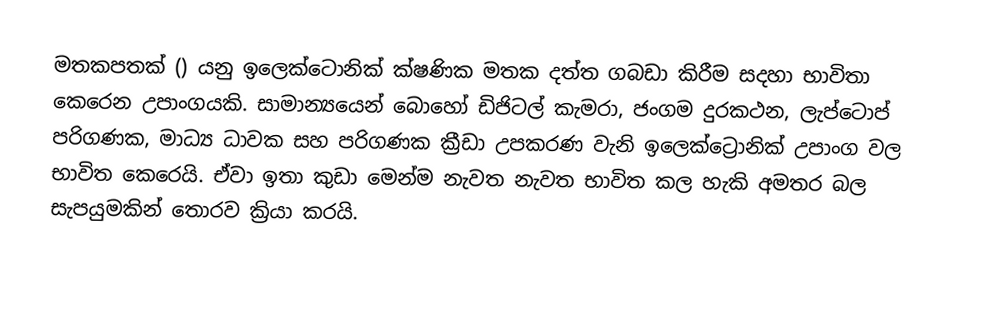
මතකපතක් () යනු ඉලෙක්ටොනික් ක්ෂණික මතක දත්ත ගබඩා කිරීම සදහා භාවිතා කෙරෙන උපාංගයකි‍. සාමාන්‍යයෙන් බොහෝ ඩිජිටල් කැමරා, ජංගම දුරකථන, ලැප්‍ටොප් පරිගණක, මාධ්‍ය ධාවක  සහ පරිගණක ක්‍රීඩා උපකරණ වැනි ඉලෙක්ට්‍රොනික් උපාංග වල භාවිත කෙරෙයි. ඒවා ඉතා කුඩා මෙන්ම නැවත නැවත භාවිත කල හැකි අමතර බල සැපයුමකින් තොරව ක්‍රියා කරයි.